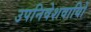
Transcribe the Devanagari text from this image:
उपनिवेशवायिों